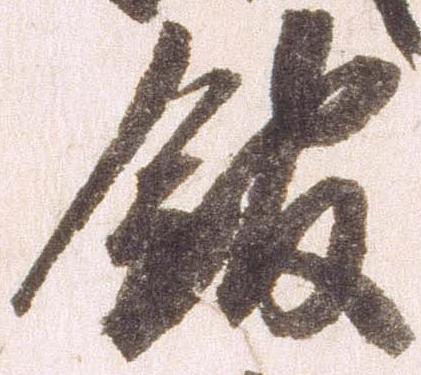
館